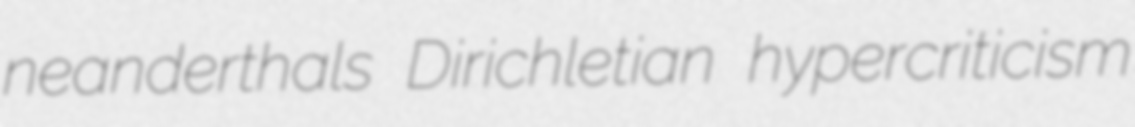
neanderthals Dirichletian hypercriticism